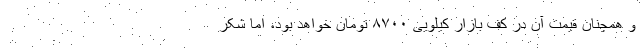
و همچنان قیمت آن در کف بازار کیلویی ۸۷۰۰ تومان خواهد بود، اما شکر